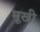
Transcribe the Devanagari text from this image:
मूखी